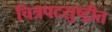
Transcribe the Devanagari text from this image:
चित्रपटसुष्ट्रीत